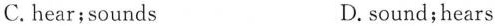
C. hear;sounds D. sound;hears